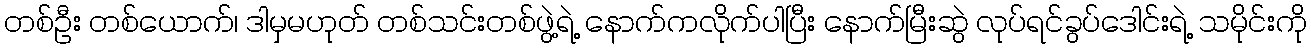
တစ်ဦး တစ်ယောက်၊ ဒါမှမဟုတ် တစ်သင်းတစ်ဖွဲ့ရဲ့ နောက်ကလိုက်ပါပြီး နောက်မြီးဆွဲ လုပ်ရင်ခွပ်ဒေါင်းရဲ့ သမိုင်းကို